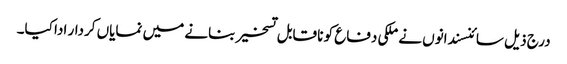
درج ذیل سائنسندانوں نے ملکی دفاع کو نا قابل تسخیر بنانے میں نمایاں کردار ادا کیا۔